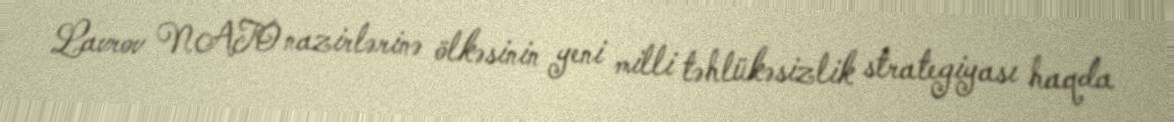
Lavrov NATO nazirlərinə ölkəsinin yeni milli təhlükəsizlik strategiyası haqda